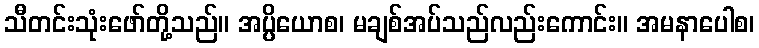
သီတင်းသုံးဖော်တို့သည်။ အပ္ပိယောစ၊ မချစ်အပ်သည်လည်းကောင်း။ အမနာပေါစ၊